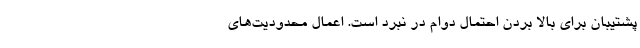
پشتیبان برای بالا بردن احتمال دوام در نبرد است. اعمال محدودیت‌های